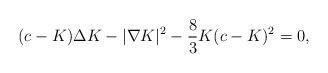
LaTeX: \begin{align*}(c-K)\Delta K-|\nabla K|^2-\frac{8}{3}K(c-K)^2=0,\end{align*}